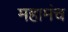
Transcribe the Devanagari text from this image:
महामंच